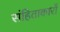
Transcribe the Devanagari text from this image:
संहिताकारों